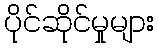
ပိုင်ဆိုင်မှုများ